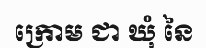
ក្រោម ជា ឃុំ នៃ